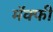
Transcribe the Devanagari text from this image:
मॅक्फी